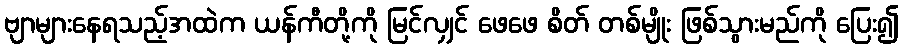
ဗျာများနေရသည့်အထဲက ယန်ကီတို့ကို မြင်လျှင် ဖေဖေ စိတ် တစ်မျိုး ဖြစ်သွားမည်ကို ပြေး၍